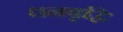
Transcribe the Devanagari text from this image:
धनवृद्धि